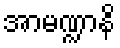
အာမဏ္ဍာနိ